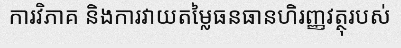
ការវិភាគ និងការវាយតម្លៃធនធានហិរញ្ញវត្ថុរបស់